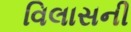
વિલાસની